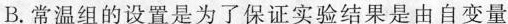
B.常温组的设置是为了保证实验结果是由自变量